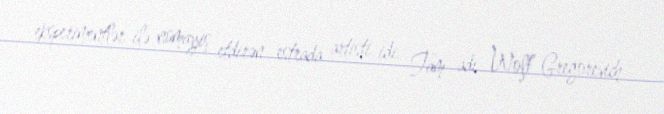
eksperimentlər ilə nümayiş etdirən estrada artisti idi. Tam adı Wolf Gregorevich